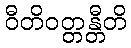
ဝီတိဝတ္တန္တီတိ